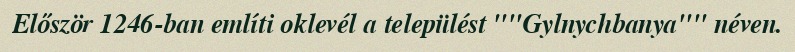
Először 1246-ban említi oklevél a települést ""Gylnychbanya"" néven.